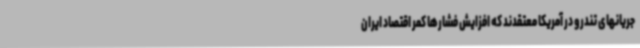
جریانهای تندرو در آمریکا معتقدند که افزایش فشارها کمر اقتصاد ایران